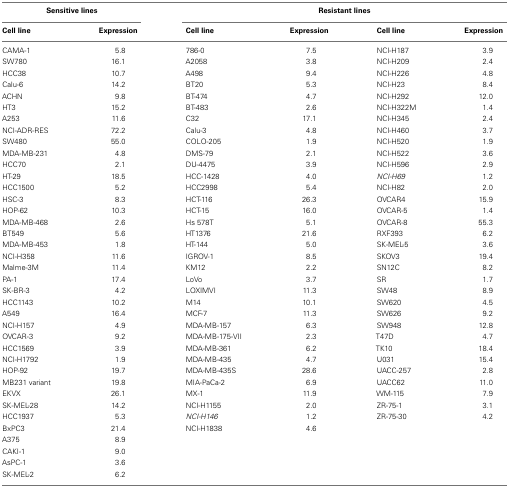
<table><thead><tr><td colspan="2"><b>Sensitive lines</b></td><td colspan="4"><b>Resistant lines</b></td></tr><tr><td><b>Cell line</b></td><td><b>Expression</b></td><td><b>Cell line</b></td><td><b>Expression</b></td><td><b>Cell line</b></td><td><b>Expression</b></td></tr></thead><tbody><tr><td>CAMA-1</td><td>5.8</td><td>786-0</td><td>7.5</td><td>NCI-H187</td><td>3.9</td></tr><tr><td>SW780</td><td>16.1</td><td>A2058</td><td>3.8</td><td>NCI-H209</td><td>2.4</td></tr><tr><td>HCC38</td><td>10.7</td><td>A498</td><td>9.4</td><td>NCI-H226</td><td>4.8</td></tr><tr><td>Calu-6</td><td>14.2</td><td>BT20</td><td>5.3</td><td>NCI-H23</td><td>8.4</td></tr><tr><td>ACHN</td><td>9.8</td><td>BT-474</td><td>4.7</td><td>NCI-H292</td><td>12.0</td></tr><tr><td>HT3</td><td>15.2</td><td>BT-483</td><td>2.6</td><td>NCI-H322M</td><td>1.4</td></tr><tr><td>A253</td><td>11.6</td><td>C32</td><td>17.1</td><td>NCI-H345</td><td>2.4</td></tr><tr><td>NCI-ADR-RES</td><td>72.2</td><td>Calu-3</td><td>4.8</td><td>NCI-H460</td><td>3.7</td></tr><tr><td>SW480</td><td>55.0</td><td>COLO-205</td><td>1.9</td><td>NCI-H520</td><td>1.9</td></tr><tr><td>MDA-MB-231</td><td>4.8</td><td>DMS-79</td><td>2.1</td><td>NCI-H522</td><td>3.6</td></tr><tr><td>HCC70</td><td>2.1</td><td>DU-4475</td><td>3.9</td><td>NCI-H596</td><td>2.9</td></tr><tr><td>HT-29</td><td>18.5</td><td>HCC-1428</td><td>4.0</td><td><i>NCI-H69</i></td><td>1.2</td></tr><tr><td>HCC1500</td><td>5.2</td><td>HCC2998</td><td>5.4</td><td>NCI-H82</td><td>2.0</td></tr><tr><td>HSC-3</td><td>8.3</td><td>HCT-116</td><td>26.3</td><td>OVCAR4</td><td>15.9</td></tr><tr><td>HOP-62</td><td>10.3</td><td>HCT-15</td><td>16.0</td><td>OVCAR-5</td><td>1.4</td></tr><tr><td>MDA-MB-468</td><td>2.6</td><td>Hs 578T</td><td>5.1</td><td>OVCAR-8</td><td>55.3</td></tr><tr><td>BT549</td><td>5.6</td><td>HT1376</td><td>21.6</td><td>RXF393</td><td>6.2</td></tr><tr><td>MDA-MB-453</td><td>1.8</td><td>HT-144</td><td>5.0</td><td>SK-MEL-5</td><td>3.6</td></tr><tr><td>NCI-H358</td><td>11.6</td><td>IGROV-1</td><td>8.5</td><td>SKOV3</td><td>19.4</td></tr><tr><td>Malme-3M</td><td>11.4</td><td>KM12</td><td>2.2</td><td>SN12C</td><td>8.2</td></tr><tr><td>PA-1</td><td>17.4</td><td>LoVo</td><td>3.7</td><td>SR</td><td>1.7</td></tr><tr><td>SK-BR-3</td><td>4.2</td><td>LOXIMVI</td><td>11.3</td><td>SW48</td><td>8.9</td></tr><tr><td>HCC1143</td><td>10.2</td><td>M14</td><td>10.1</td><td>SW620</td><td>4.5</td></tr><tr><td>A549</td><td>16.4</td><td>MCF-7</td><td>11.3</td><td>SW626</td><td>9.2</td></tr><tr><td>NCI-H157</td><td>4.9</td><td>MDA-MB-157</td><td>6.3</td><td>SW948</td><td>12.8</td></tr><tr><td>OVCAR-3</td><td>9.2</td><td>MDA-MB-175-VII</td><td>2.3</td><td>T47D</td><td>4.7</td></tr><tr><td>HCC1569</td><td>3.9</td><td>MDA-MB-361</td><td>6.2</td><td>TK10</td><td>18.4</td></tr><tr><td>NCI-H1792</td><td>1.9</td><td>MDA-MB-435</td><td>4.7</td><td>U031</td><td>15.4</td></tr><tr><td>HOP-92</td><td>19.7</td><td>MDA-MB-435S</td><td>28.6</td><td>UACC-257</td><td>2.8</td></tr><tr><td>MB231 variant</td><td>19.8</td><td>MIA-PaCa-2</td><td>6.9</td><td>UACC62</td><td>11.0</td></tr><tr><td>EKVX</td><td>26.1</td><td>MX-1</td><td>11.9</td><td>WM-115</td><td>7.9</td></tr><tr><td>SK-MEL-28</td><td>14.2</td><td>NCI-H1155</td><td>2.0</td><td>ZR-75-1</td><td>3.1</td></tr><tr><td>HCC1937</td><td>5.3</td><td><i>NCI-H146</i></td><td>1.2</td><td>ZR-75-30</td><td>4.2</td></tr><tr><td>BxPC3</td><td>21.4</td><td>NCI-H1838</td><td>4.6</td><td></td><td></td></tr><tr><td>A375</td><td>8.9</td><td></td><td></td><td></td><td></td></tr><tr><td>CAKI-1</td><td>9.0</td><td></td><td></td><td></td><td></td></tr><tr><td>AsPC-1</td><td>3.6</td><td></td><td></td><td></td><td></td></tr><tr><td>SK-MEL-2</td><td>6.2</td><td></td><td></td><td></td><td></td></tr></tbody></table>